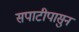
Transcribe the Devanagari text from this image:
सपाटीपासुन